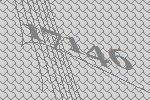
17146